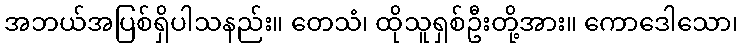
အဘယ်အပြစ်ရှိပါသနည်း။ တေသံ၊ ထိုသူရှစ်ဦးတို့အား။ ကောဒေါသော၊